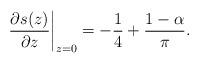
LaTeX: \begin{align*}\left.\frac{\partial s(z)}{\partial z}\right|_{z=0}=-\frac{1}{4}+\frac{1-\alpha}{\pi}.\end{align*}